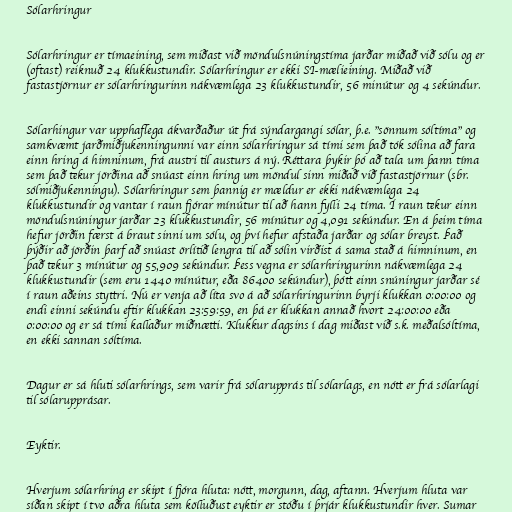
Sólarhringur

Sólarhringur er tímaeining, sem miðast við möndulsnúningstíma jarðar miðað við sólu og er
(oftast) reiknuð 24 klukkustundir. Sólarhringur er ekki SI-mælieining. Miðað við
fastastjörnur er sólarhringurinn nákvæmlega 23 klukkustundir, 56 minútur og 4 sekúndur.

Sólarhingur var upphaflega ákvarðaður út frá sýndargangi sólar, þ.e. "sönnum sóltíma" og
samkvæmt jarðmiðjukenningunni var einn sólarhringur sá tími sem það tók sólina að fara
einn hring á himninum, frá austri til austurs á ný. Réttara þykir þó að tala um þann tíma
sem það tekur jörðina að snúast einn hring um möndul sinn miðað við fastastjörnur (sbr.
sólmiðjukenningu). Sólarhringur sem þannig er mældur er ekki nákvæmlega 24
klukkustundir og vantar í raun fjórar mínútur til að hann fylli 24 tíma. Í raun tekur einn
möndulsnúningur jarðar 23 klukkustundir, 56 mínútur og 4,091 sekúndur. En á þeim tíma
hefur jörðin færst á braut sinni um sólu, og því hefur afstaða jarðar og sólar breyst. Það
þýðir að jörðin þarf að snúast örlítið lengra til að sólin virðist á sama stað á himninum, en
það tekur 3 mínútur og 55,909 sekúndur. Þess vegna er sólarhringurinn nákvæmlega 24
klukkustundir (sem eru 1440 mínútur, eða 86400 sekúndur), þótt einn snúningur jarðar sé
í raun aðeins styttri. Nú er venja að líta svo á að sólarhringurinn byrji klukkan 0:00:00 og
endi einni sekúndu eftir klukkan 23:59:59, en þá er klukkan annað hvort 24:00:00 eða
0:00:00 og er sá tími kallaður miðnætti. Klukkur dagsins í dag miðast við s.k. meðalsóltíma,
en ekki sannan sóltíma.

Dagur er sá hluti sólarhrings, sem varir frá sólarupprás til sólarlags, en nótt er frá sólarlagi
til sólarupprásar.

Eyktir.

Hverjum sólarhring er skipt í fjóra hluta: nótt, morgunn, dag, aftann. Hverjum hluta var
síðan skipt í tvo aðra hluta sem kölluðust eyktir er stóðu í þrjár klukkustundir hver. Sumar